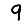
Digit: 9